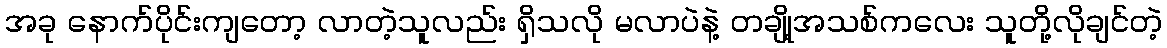
အခု နောက်ပိုင်းကျတော့ လာတဲ့သူလည်း ရှိသလို မလာပဲနဲ့ တချို့အသစ်ကလေး သူတို့လိုချင်တဲ့